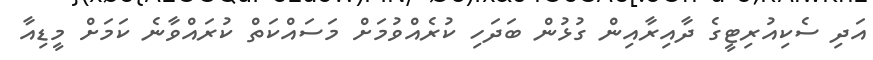
އަދި ސެކިއުރިޓީގެ ދާއިރާއިން ގުޅުން ބަދަހި ކުރެއްވުމަށް މަސައްކަތް ކުރައްވާނެ ކަމަށް މީޑިއާ